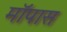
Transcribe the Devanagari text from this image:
मॉपास